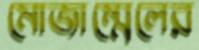
মোজাম্মেলের